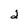
Character: 2